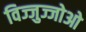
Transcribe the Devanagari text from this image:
विज्जुज्जोओ